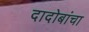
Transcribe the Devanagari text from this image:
दादोबांचा